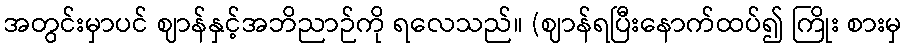
အတွင်းမှာပင် ဈာန်နှင့်အဘိညာဉ်ကို ရလေသည်။ (ဈာန်ရပြီးနောက်ထပ်၍ ကြိုး စားမှ